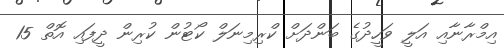
އިމްރާނާއި އަލީ ވަހީދުގެ ބަންދަށް ކްރިމިނަލް ކޯޓުން ކުރިން ދީފައި އޮތް 15